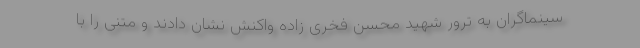
سینماگران به ترور شهید محسن فخری زاده واکنش نشان دادند و متنی را با